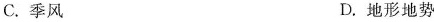
C.季风 D.地形地势